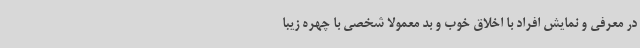
در معرفی و نمایش افراد با اخلاق خوب و بد معمولا شخصی با چهره زیبا